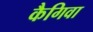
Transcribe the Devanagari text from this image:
कैगिवा